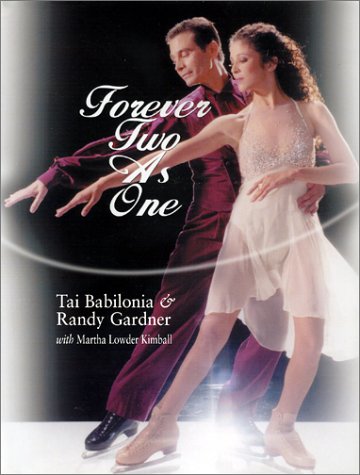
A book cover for Forever Two as One; Tai Babilonia; Sports & Outdoors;